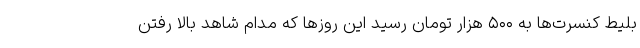
بلیط کنسرت‌ها به ۵۰۰ هزار تومان رسید این روزها که مدام شاهد بالا رفتن